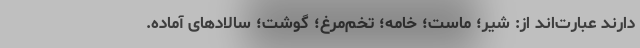
دارند عبارت‌اند از: شیر؛ ماست؛ خامه؛ تخم‌مرغ؛ گوشت؛ سالادهای آماده.